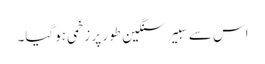
اس سے سبیر سنگین طور پر زخمی ہوگیا۔